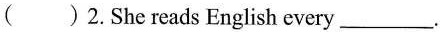
( )2.She reads English every___.